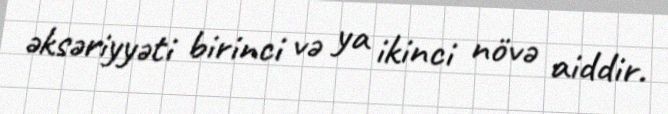
əksəriyyəti birinci və ya ikinci növə aiddir.